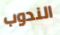
الندوب